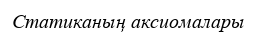
Статиканың аксиомалары